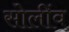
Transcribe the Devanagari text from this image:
सोलींव